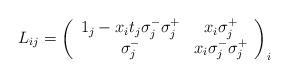
LaTeX: \begin{align*}L_{ij}=\left( \begin{array}{cc}1_{j}-x_{i}t_{j}\sigma _{j}^{-}\sigma _{j}^{+} & x_{i}\sigma _{j}^{+} \\ \sigma _{j}^{-} & x_{i}\sigma _{j}^{-}\sigma _{j}^{+}\end{array}\right) _{i} \end{align*}